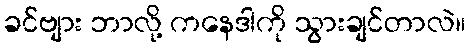
ခင်ဗျား ဘာလို့ ကနေဒါကို သွားချင်တာလဲ။